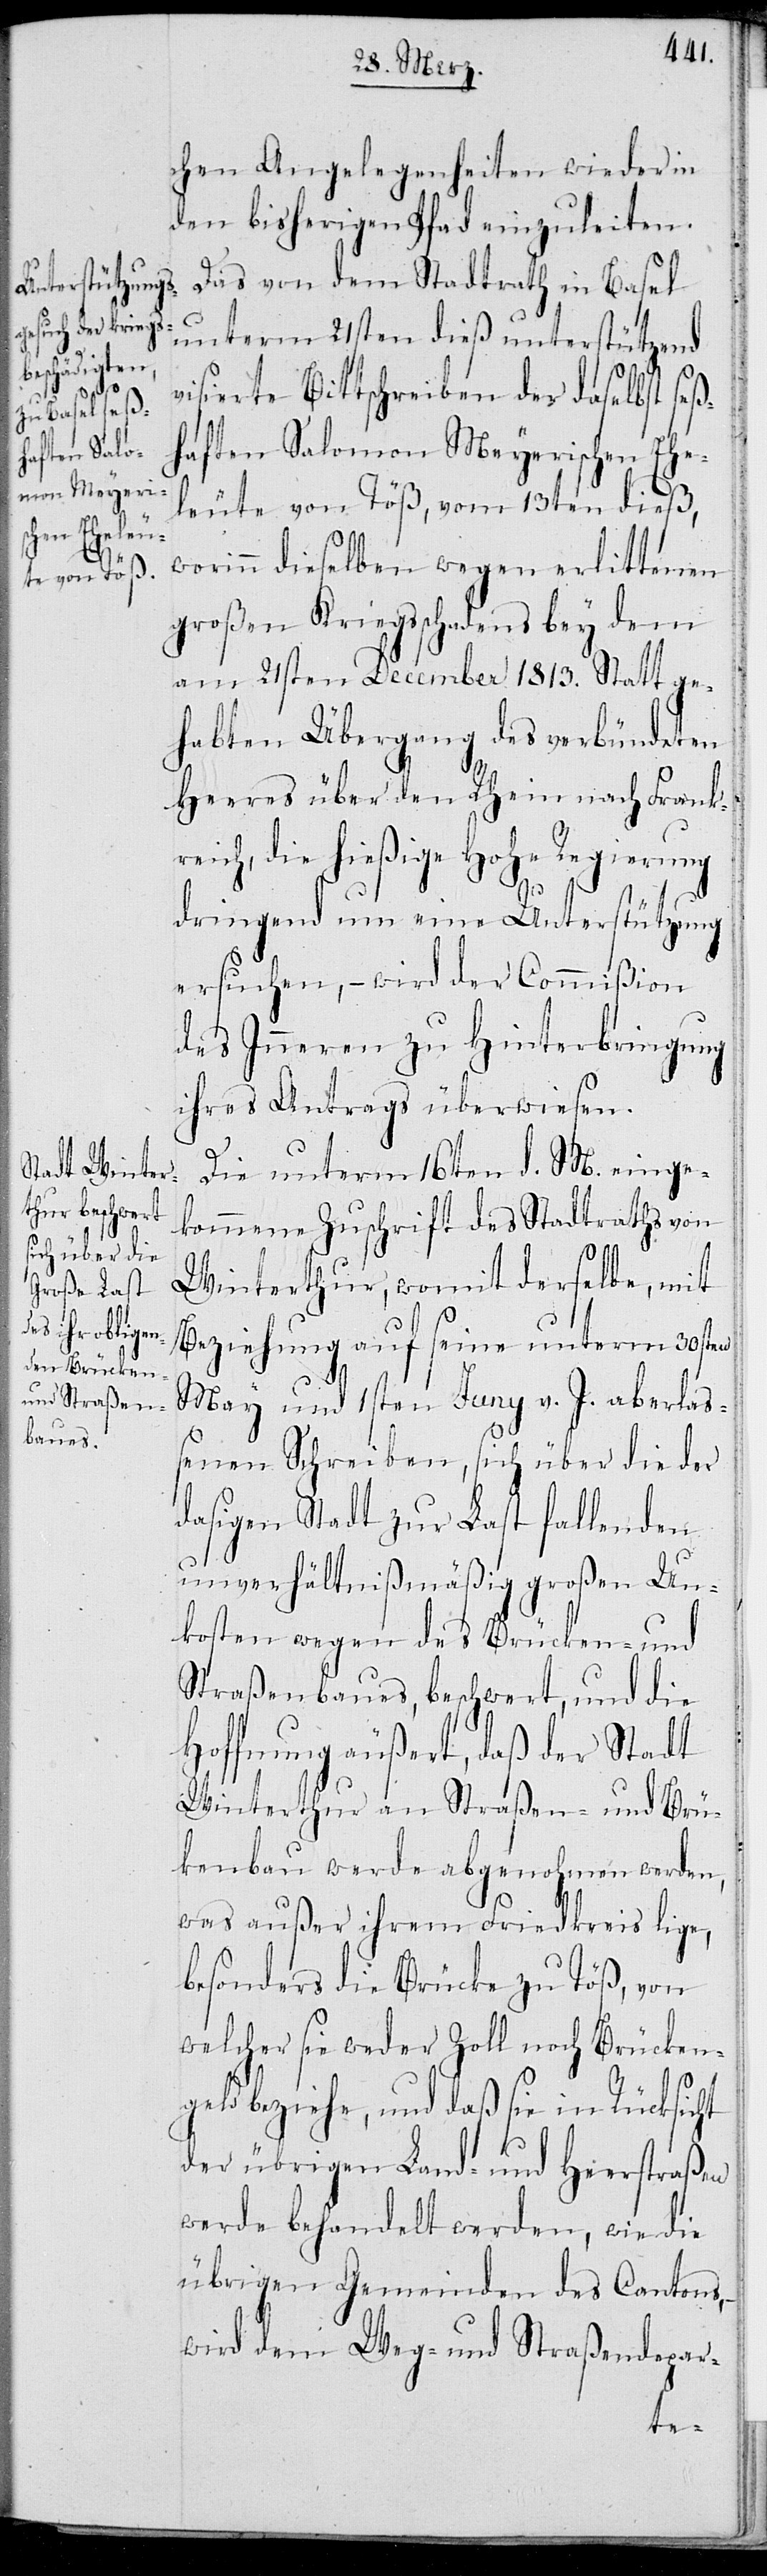
chen Angelegenheiten wieder in
den bisherigen Pfad einzuleiten.
Das von dem Stadtrath in Basel
vom 21sten dieß unterstützend
visierte Bittschreiben der daselbst seß¬
haften Salomon Meyerischen Ehe¬
leute von Töß, vom 13ten dieß,
worinn dieselben wegen erlittenen
großen Kriegsschadens bey dem
am 21sten December 1813. Statt ge¬
habten Übergang des verbündeten
Heeres über den Rhein nach Frank¬
reich, die hießige Hohe Regierung
dringend um eine Unterstützung
ersuchen, – wird der Commißion
des Inneren zu Hinterbringung
ihres Antrags überwiesen.
Die unterm 16 d. M. einge¬
kommene Zuschrift des Stadtraths von
Winterthur, womit derselbe, mit
Beziehung auf seine unterm 30sten
May und 1sten Juny v. J. aberlaß¬
enen Schreiben, sich über die der
dasigen Stadt zur Last fallenden
unverhältnißmäßig großen Un¬
kosten wegen des Brücken- und
Straßenbaues, beschwert, und die
Hoffnung äußert, daß der Stadt
Winterthur an Straßen- und Brüc¬
kenbau werde abgenohmen werden,
was außer ihrem Friedkreis lige,
besonders die Brücke zu Töß, von
welcher sie weder Zoll noch Brücken¬
geld beziehe, und daß sie in Rücksicht
der übrigen Land- und Heerstraßen
werde behandelt werden, wie die
übrigen Gemeinden des Cantons,
wird dem Weg- und Straßendepar-